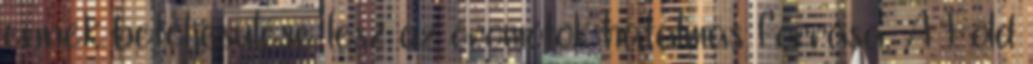
ennek beteljesülése lesz az örömötök hatalmas forrása. A Föld